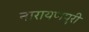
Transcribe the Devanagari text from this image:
नारायणपुरी